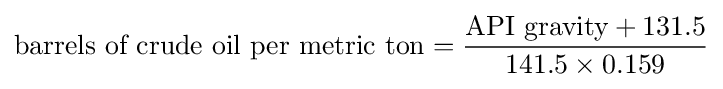
{\text{barrels of crude oil per metric ton}}={\frac {{\text{API gravity}}+131.5}{141.5\times 0.159}}